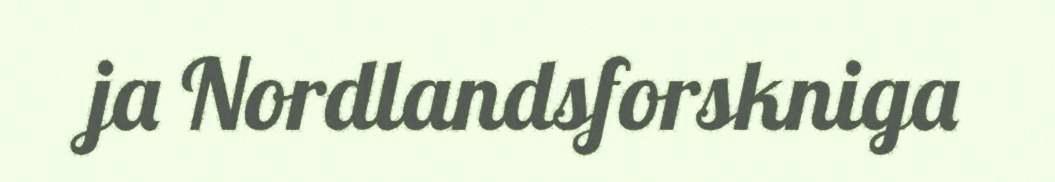
ja Nordlandsforskniga